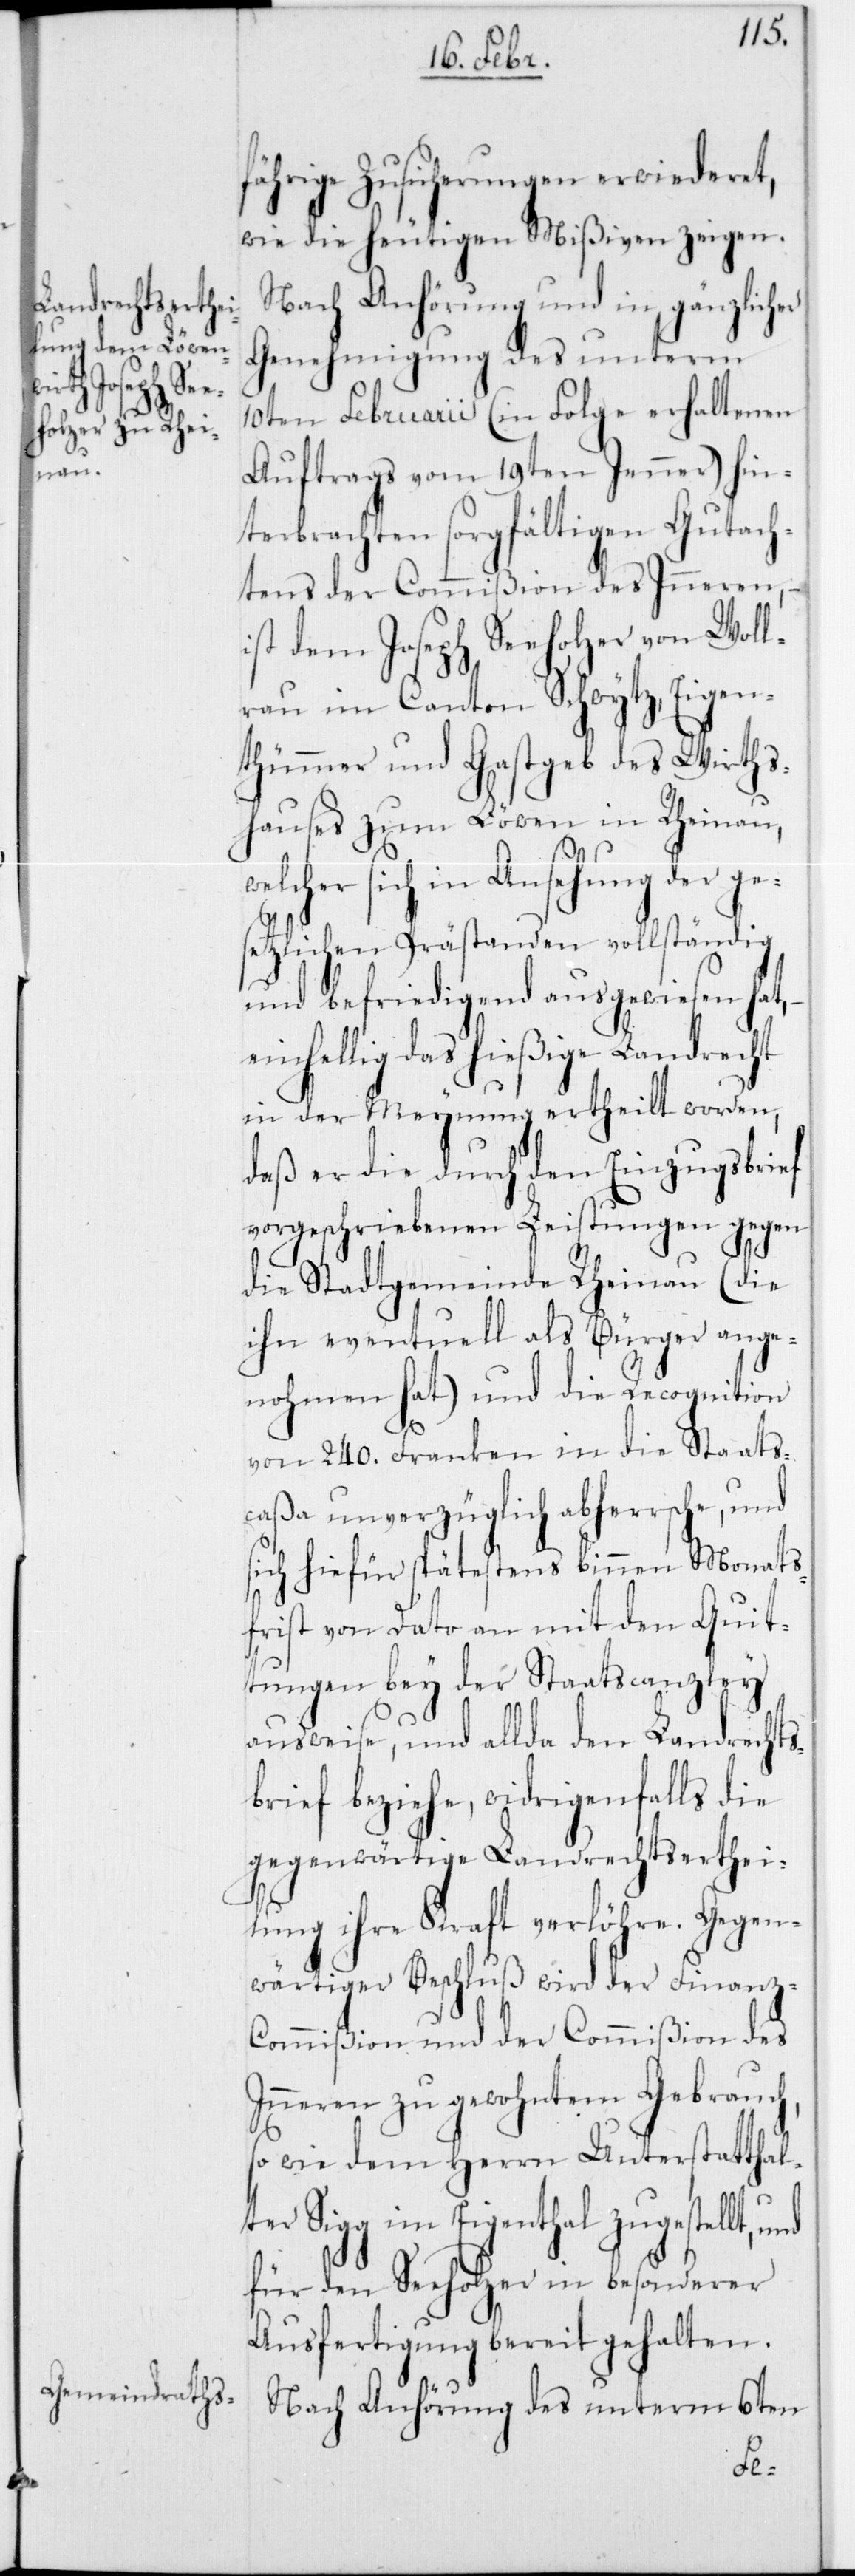
fährige Zusicherungen erwiederet,
wie die heutigen Mißiven zeigen.
Nach Anhörung und in gänzlich¬
Genehmigung des unterm
10ten Februarii (in Folge erhaltenen
Auftrags vom 19ten Jenner) hin¬
terbrachten sorgfältigen Gutach¬
tens der Commißion des Innern,
ist dem Joseph Seeholzer von Woll¬
erau im Canton Schwytz, Eigen¬
thümmer und Gastgeb des Wirths¬
hauses zum Löwen in Rheinau,
welcher sich in Ansehung der ge¬
setzlichen Prästanden vollständig
und befriedigend ausgewiesen hat,
inhellig das hießige Landrecht
in der Meynung ertheilt worden,
daß er die durch den Einzugsbrief
vorgeschriebenen Leistungen gegen
die Stadtgemeinde Rheinau (die
ihn eventuell als Bürger ange¬
nohmen hat) und die Recognition
von 240 Franken in die Staats¬
caßa unverzüglich abherrsche, und
sich hiefür spätestens binnen Monats¬
frist von dato an mit den Quit¬
tungen bey der Staatscanzley
ausweise, und allda den Landrechts¬
brief beziehe, widrigenfalls die
gegenwärtige Landrechtserthei¬
lung ihre Kraft verlöhre.
wärtiger Beschluß wird der Finanz-C¬
ommißion und der Commißion des
Innern zu gewohntem Gebrauch,
sowie dem Herrn Unterstatthal¬
er Sigg im Eigenthal zugestellt,
für den Seeholzer in besonderer
Ausfertigung bereit gehalten.
Nach Anhörung des unterm 6ten
t¬